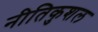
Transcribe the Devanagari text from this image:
नीतिकुशल